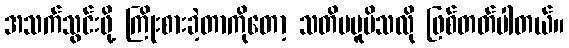
အသက်သွင်းဖို့ ကြိုးစားခဲ့တာကိုတော့ သတိမမူမိသလို ဖြစ်တတ်ပါတယ်။